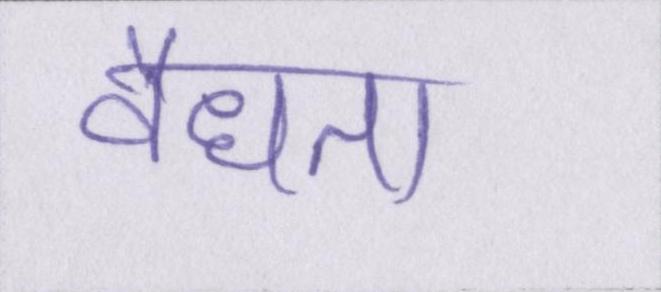
वैधता